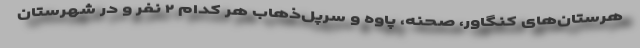
هرستان‌های کنگاور، صحنه، پاوه و سرپل‌ذهاب هر کدام ۲ نفر و در شهرستان